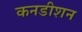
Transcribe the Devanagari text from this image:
कनडीशन